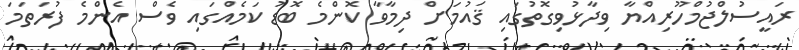
ރައީސުލްޖުމްހޫރިއްޔާ ވިދާޅުވިގޮތުގައި ޤައުމަށް ދިމާވާ ކޮންމެ ބޮޑު ކަމެއްގައި ވެސް އެންމެ ފުރަތަމަ